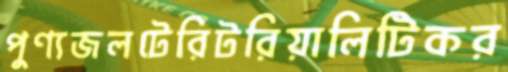
পুণ্যজলটেরিটরিয়ালিটিকর